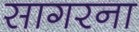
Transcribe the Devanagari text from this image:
सागरना